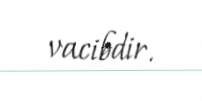
vacibdir.